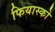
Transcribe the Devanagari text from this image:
फियास्को